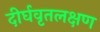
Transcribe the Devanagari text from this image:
दीर्घवृतलक्षण